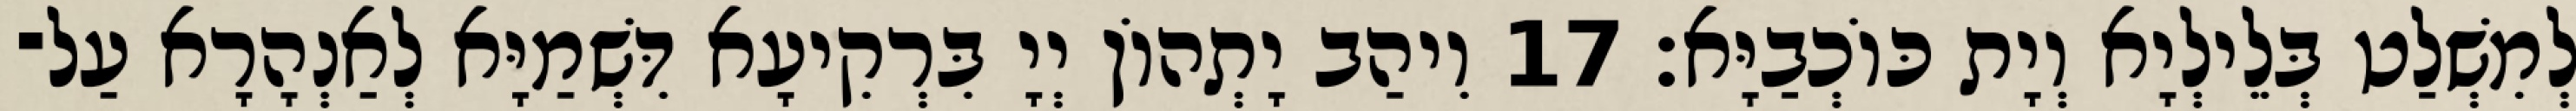
לְמִשְׁלַט בְּלֵילְיָא וְיָת כּוֹכְבַיָּא׃ 17 וִיהַב יָתְהוֹן יְיָ בִּרְקִיעָא דִּשְׁמַיָּא לְאַנְהָרָא עַל־